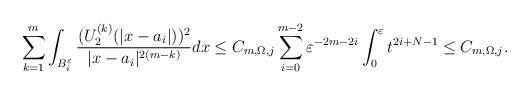
LaTeX: \begin{align*}\sum_{k=1}^m\int_{B_i^{\varepsilon}}\frac{(U_2^{(k)}(|x-a_i|))^2}{|x-a_i|^{2(m-k)}}dx\leq C_{m,\Omega,j}\sum_{i=0}^{m-2}\varepsilon^{-2m-2i}\int_0^{\varepsilon}t^{2i+N-1}\leq C_{m,\Omega,j}.\end{align*}